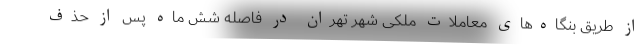
از طریق بنگاه‌های معاملات ملکی شهر تهران در فاصله شش ماه پس از حذف